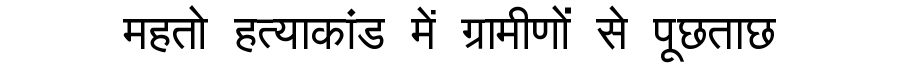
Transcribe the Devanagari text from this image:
महतो हत्याकांड में ग्रामीणों से पूछताछ